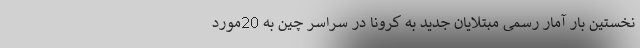
نخستین بار آمار رسمی مبتلایان جدید به کرونا در سراسر چین به 20مورد